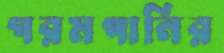
গরমপানির